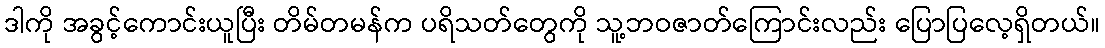
ဒါကို အခွင့်ကောင်းယူပြီး တိမ်တမန်က ပရိသတ်တွေကို သူ့ဘဝဇာတ်ကြောင်းလည်း ပြောပြလေ့ရှိတယ်။